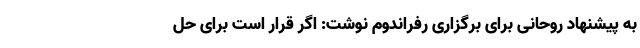
به پیشنهاد روحانی برای برگزاری رفراندوم نوشت: اگر قرار است برای حل